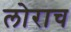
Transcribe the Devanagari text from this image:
लोराच